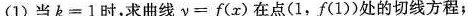
(1)当$$k = 1$$时，求曲线$$y = f ( x )$$在点(1，f(1))处的切线方程；